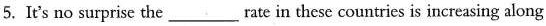
5. It's no surprise the ___ rate in these countries is increasing along